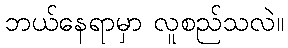
ဘယ်နေရာမှာ လူစည်သလဲ။